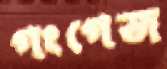
গংগেজ